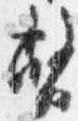
幣